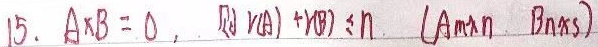
15. $AB = 0$，则 $r(A)+r(B)\leq n$（$A_{m\times n}$, $B_{n\times s}$）